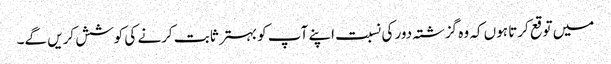
میں توقع کرتا ہوں کہ وہ گزشتہ دور کی نسبت اپنے آپ کو بہتر ثابت کرنے کی کوشش کریں گے۔